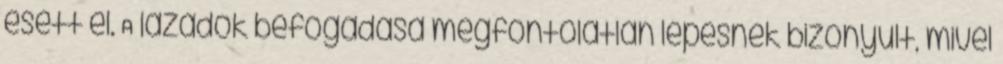
esett el. A lázadók befogadása megfontolatlan lépésnek bizonyult, mivel